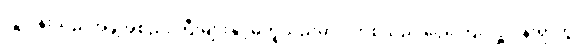
လှူဒါန်းသည့်အဖွဲ့အစည်းကြီးများနှင့်မတူသည်မှာ ဂိတ်စ်သည် ငွေကြေး လှူဒါန်းရာတွင်